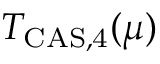
T _ { \mathrm { C A S , 4 } } ( \mu )